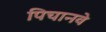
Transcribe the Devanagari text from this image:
पिचानवे